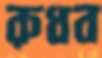
রুধব